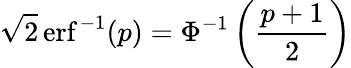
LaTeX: {\sqrt{2}}\operatorname{erf}^{-1}(p)=\Phi^{-1}\left({\frac{p+1}{2}}\right)